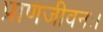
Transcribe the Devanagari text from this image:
प्राणजीवनः।